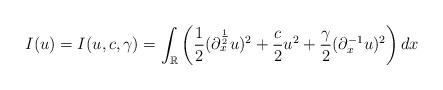
LaTeX: \begin{align*}\displaystyle{I(u) = I(u,c,\gamma) = \int_{\mathbb{R}}\left( \frac{1}{2}(\partial_x^{\frac{1}{2}}u)^2 + \frac{c}{2}u^2 +\frac{\gamma}{2}(\partial_x^{-1}u)^2\right)dx}\end{align*}